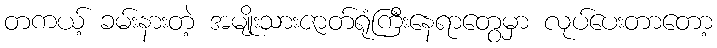
တကယ့် ခမ်းနားတဲ့ အမျိုးသားဇာတ်ရုံကြီးနေရာတွေမှာ လုပ်ပေးတာတော့